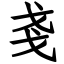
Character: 戔